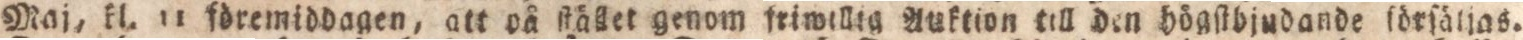
Maj, kl. 11 föremiddagen, att på ſtället genom friwillig Anktion till den högſtbjudande ſörſäljas.